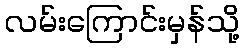
လမ်းကြောင်းမှန်သို့